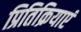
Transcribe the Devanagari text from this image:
प्रितिक्रियाएं